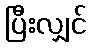
ပြီးလျှင်